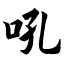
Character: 吼